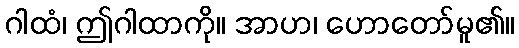
ဂါထံ၊ ဤဂါထာကို။ အာဟ၊ ဟောတော်မူ၏။